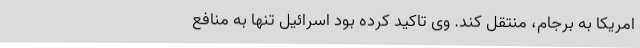
امریکا به برجام، منتقل کند. وی تاکید کرده بود اسرائیل تنها به منافع